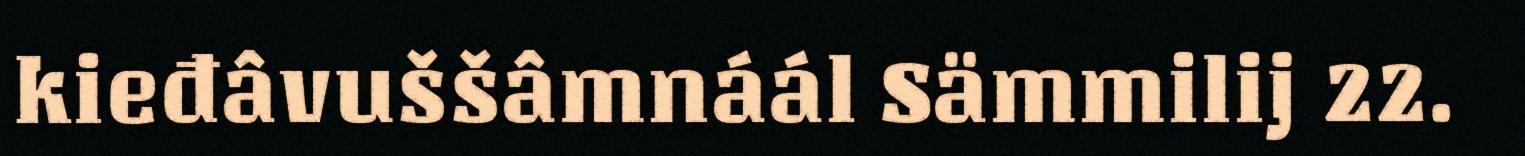
kieđâvuššâmnáál Sämmilij 22.